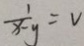
\frac { 1 } { x - y } = v